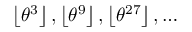
\left\lfloor \theta ^ { 3 } \right\rfloor , \left\lfloor \theta ^ { 9 } \right\rfloor , \left\lfloor \theta ^ { 2 7 } \right\rfloor , \dots